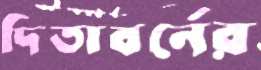
দিতাবর্নের